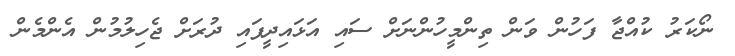
ނޯކަރު ކުއްޖާ ފަހުން ވަން ތިންމީހުންނަށް ސައި އަޅައިދީފައި ދުރަށް ޖެހިލުމުން އެންމެން